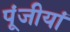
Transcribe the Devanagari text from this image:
पूंजीयां